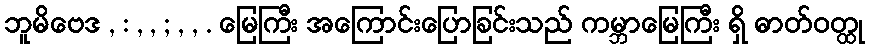
ဘူမိဗေဒ , : , , ; , , . မြေကြီး အကြောင်းပြောခြင်းသည် ကမ္ဘာမြေကြီး ရှိ ဓာတ်ဝတ္ထု